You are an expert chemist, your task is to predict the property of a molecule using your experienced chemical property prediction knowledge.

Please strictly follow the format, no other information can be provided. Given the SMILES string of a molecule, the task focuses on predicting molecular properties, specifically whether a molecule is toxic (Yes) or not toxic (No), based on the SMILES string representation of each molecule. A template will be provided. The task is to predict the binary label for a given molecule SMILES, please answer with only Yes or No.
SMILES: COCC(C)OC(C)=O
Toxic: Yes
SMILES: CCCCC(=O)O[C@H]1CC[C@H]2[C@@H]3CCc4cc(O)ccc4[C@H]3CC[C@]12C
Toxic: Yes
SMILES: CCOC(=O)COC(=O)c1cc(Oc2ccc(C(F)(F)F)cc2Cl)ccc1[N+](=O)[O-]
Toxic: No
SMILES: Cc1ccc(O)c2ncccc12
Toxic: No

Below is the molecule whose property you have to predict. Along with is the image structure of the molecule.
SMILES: CC(=O)Oc1ccc(C(=C2CCCCC2)c2ccc(OC(C)=O)cc2)cc1
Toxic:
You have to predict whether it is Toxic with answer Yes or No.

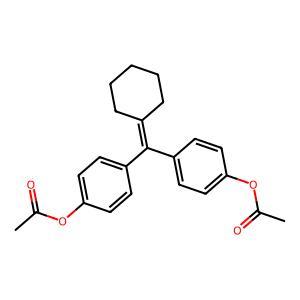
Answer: No